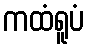
ကထံရူပံ